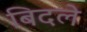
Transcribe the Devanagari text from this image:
बिदले